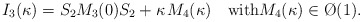
\begin{align*}I_3(\kappa)=S_2M_3(0)S_2+\kappa\;\!M_4(\kappa)\quad\hbox{with}M_4(\kappa)\in\O(1).\end{align*}